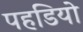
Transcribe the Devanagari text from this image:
पहडियो